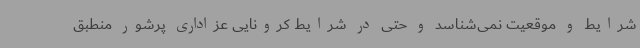
شرایط و موقعیت نمی‌شناسد و حتی در شرایط کرونایی عزاداری پرشور منطبق